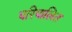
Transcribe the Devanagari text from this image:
परिपालित